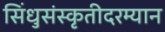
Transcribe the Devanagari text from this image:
सिंधुसंस्कृतीदरम्यान